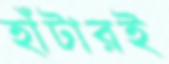
হাঁটারই